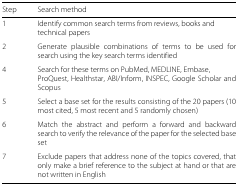
| Step | Search method |
 | --- | --- |
 | 1 | Identify common search terms from reviews, books and technical papers |
 | 2 | Generate plausible combinations of terms to be used for search using the key search terms identified |
 | 4 | Search for these terms on PubMed, MEDLINE, Embase, ProQuest, Healthstar, ABI/Inform, INSPEC, Google Scholar and Scopus |
 | 5 | Select a base set for the results consisting of the 20 papers (10 most cited, 5 most recent and 5 randomly chosen) |
 | 6 | Match the abstract and perform a forward and backward search to verify the relevance of the paper for the selected base set |
 | 7 | Exclude papers that address none of the topics covered, that only make a brief reference to the subject at hand or that are not written in English |